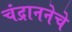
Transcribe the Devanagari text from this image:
चंद्राननेचे